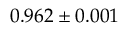
0 . 9 6 2 \pm 0 . 0 0 1